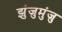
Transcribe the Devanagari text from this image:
झुंजुमुंजु